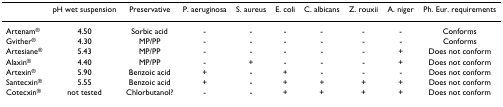
<table><thead><tr><td></td><td><b>pH wet suspension</b></td><td><b>Preservative</b></td><td><b>P. aeruginosa</b></td><td><b>S. aureus</b></td><td><b>E. coli</b></td><td><b>C. albicans</b></td><td><b>Z. rouxii</b></td><td><b>A. niger</b></td><td><b>Ph. Eur. requirements</b></td></tr></thead><tbody><tr><td>Artenam<sup>®</sup></td><td>4.50</td><td>Sorbic acid</td><td>-</td><td>-</td><td>-</td><td>-</td><td>-</td><td>-</td><td>Conforms</td></tr><tr><td>Gvither<sup>®</sup></td><td>4.30</td><td>MP/PP</td><td>-</td><td>-</td><td>-</td><td>-</td><td>-</td><td>-</td><td>Conforms</td></tr><tr><td>Artesiane<sup>®</sup></td><td>5.43</td><td>MP/PP</td><td>-</td><td>-</td><td>-</td><td>-</td><td>-</td><td>+</td><td>Does not conform</td></tr><tr><td>Alaxin<sup>®</sup></td><td>4.40</td><td>MP/PP</td><td>-</td><td>+</td><td>-</td><td>-</td><td>-</td><td>+</td><td>Does not conform</td></tr><tr><td>Artexin<sup>®</sup></td><td>5.90</td><td>Benzoic acid</td><td>+</td><td>-</td><td>+</td><td>-</td><td>-</td><td>-</td><td>Does not conform</td></tr><tr><td>Santecxin<sup>®</sup></td><td>5.55</td><td>Benzoic acid</td><td>+</td><td>-</td><td>+</td><td>+</td><td>+</td><td>+</td><td>Does not conform</td></tr><tr><td>Cotecxin<sup>®</sup></td><td>not tested</td><td>Chlorbutanol?</td><td>-</td><td>-</td><td>+</td><td>+</td><td>+</td><td>+</td><td>Does not conform</td></tr></tbody></table>